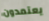
يعتمدون